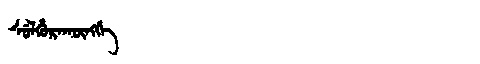
Manchu: ᠰᡠᠯᡥᡠᡵᠠᡴᡡᠩᡤᡝ
Romanization: SULHURAKŪNGGE